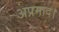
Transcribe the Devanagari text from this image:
अप्रमाद।